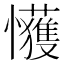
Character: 𫻞